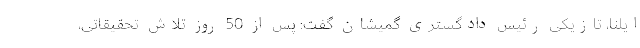
ایلنا، تازیکی رئیس دادگستری گمیشان گفت: پس از 50 روز تلاش تحقیقاتی،